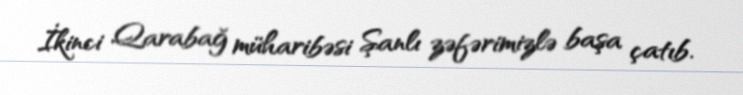
İkinci Qarabağ müharibəsi Şanlı zəfərimizlə başa çatıb.